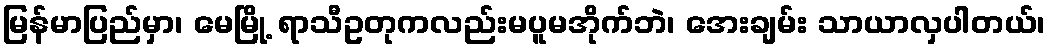
မြန်မာပြည်မှာ၊ မေမြို့ ရာသီဥတုကလည်းမပူမအိုက်ဘဲ၊ အေးချမ်း သာယာလှပါတယ်၊